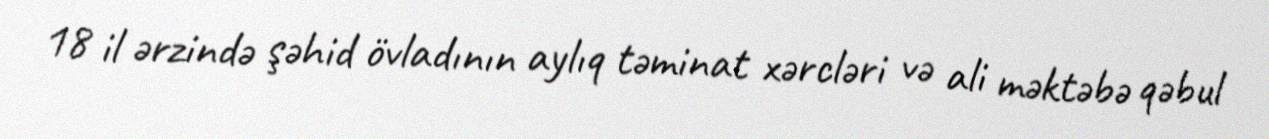
18 il ərzində şəhid övladının aylıq təminat xərcləri və ali məktəbə qəbul